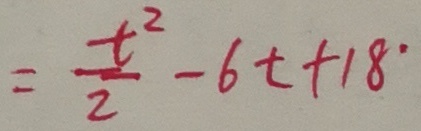
= \frac { t ^ { 2 } } { 2 } - 6 t + 1 8